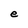
Character: e